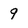
Character: 9